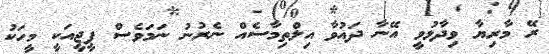
ރޭ މާރިޔާ ވިދާޅުވީ އޭނާ ދައުވާ އިލްތިމާސެއް ނެރުނު ނަމަވެސް ޕީޖީއަކީ މީހަކު